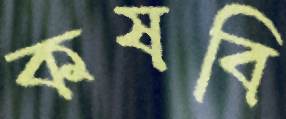
কষবি